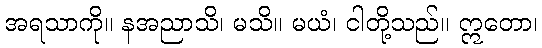
အရသာကို။ နအညာသိ၊ မသိ။ မယံ၊ ငါတို့သည်။ ဣတော၊